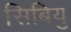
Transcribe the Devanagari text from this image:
सिबियु